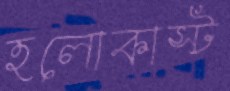
হলোকাস্ট